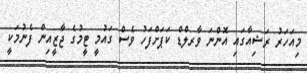
މިއަހަރު ރަޝިއާގައި އޮންނަ ވާރލްޑް ކަޕަށްފަހު ވެސް ގައުމީ ޓީމުގެ ޖާޒީއިން ފެނުމަކީ